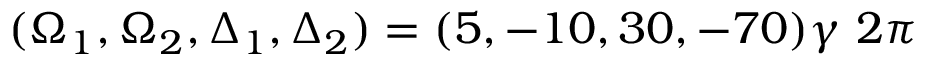
( \Omega _ { 1 } , \Omega _ { 2 } , \Delta _ { 1 } , \Delta _ { 2 } ) = ( 5 , - 1 0 , 3 0 , - 7 0 ) \gamma ~ 2 \pi